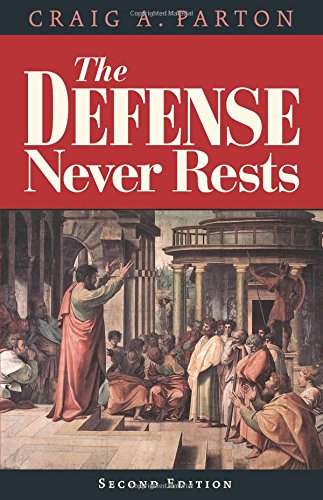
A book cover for The Defense Never Rests - Second Edition; Craig A Parton; Christian Books & Bibles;